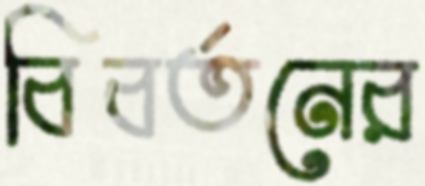
বিবর্তনের